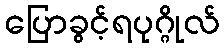
ပြောခွင့်ရပုဂ္ဂိုလ်